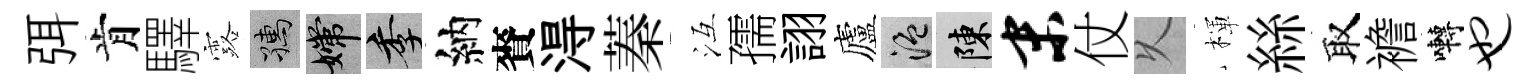
弭肯驛露孺嫦季納賚淂蓁冱孺詡廬温陳末仗乆楎絲取襜囀也